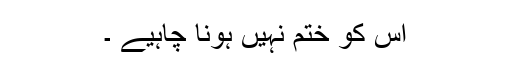
اس کو ختم نہیں ہونا چاہیے ۔